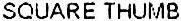
SQUARE THUMB